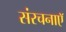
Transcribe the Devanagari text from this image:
संरचनाएॅ